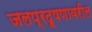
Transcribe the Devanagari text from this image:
जलप्रदूषणावरील